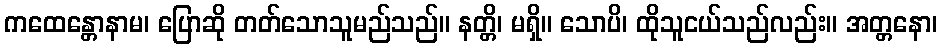
ကထေန္တောနာမ၊ ပြောဆို တတ်သောသူမည်သည်။ နတ္တိ၊ မရှိ။ သောပိ၊ ထိုသူငယ်သည်လည်း။ အတ္တနော၊